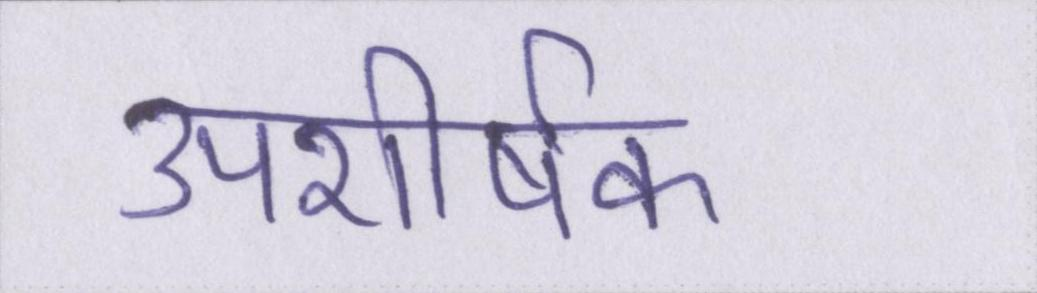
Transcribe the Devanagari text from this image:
उपशीर्षक